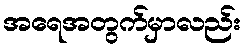
အရေအတွက်မှာလည်း